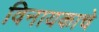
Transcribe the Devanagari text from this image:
विनायकाचे